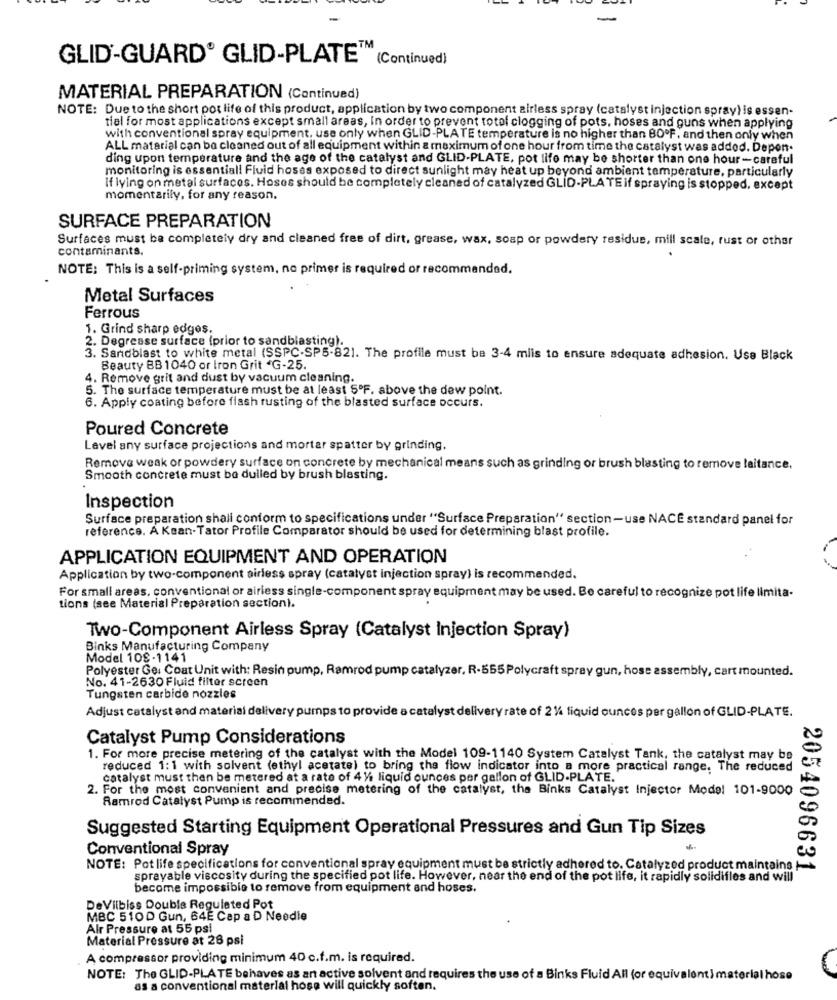
GLID-GUARD® GLID-PLATE"(Continued)
MATERIAL PREPARATION (Continued)
NOTE: Due to the short pot life of this product, application by two component airless spray (catalyst injection spray) is essen-
tiel for most applications except small areas, In order to prevent total clogging of pots, hoses and guns when applying
with conventional spray equipment, use only when GLID-PLATE temperature is no higher than 80ºF, and then only when
ALL matarial can be cleaned out of all equipment within a maximum of one hour from time the catalyst was added. Depen.
ding upon temperature and the age of the catalyst and GLID-PLATE, pot life may be shorter than one hour-careful
monitoring is essentiall Fluid hoses exposed to direct sunlight may heat up beyond ambient temperature, particularly
if Iving on metal surfaces. Hoses should be completely cleaned of catalyzed GLID-PLA TE if spraying is stopped, except
momentarily, for any reason.
SURFACE PREPARATION
Surfaces must be completely dry and cleaned free of dirt, grease, wax, soap or powdery residue, mill scale, rust or other
contaminants.
NOTE: This is a self-priming system, no primer is required or recommended.
Metal Surfaces
Ferrous
1. Grind sharp edges.
2. Degrease surface (prior to sandblasting).
3. Sandblast to white metal (SSPC-SP5-821. The profile must be 3-4 mlis to ensure adequate adhesion. Use Black
Beauty BB 1040 or Iron Grit "G-25
4. Remove grit and dust by vacuum cleaning.
5. The surface temperature must be at least 5ºF. above the dew point.
6. Apply coating before flash rusting of the blasted surface occurs.
Poured Concrete
Lavel any surface projections and mortar spatter by grinding.
Remove weak or powdery surface on concrete by mechanical means such as grinding or brush blasting to remove laitance.
Smooth concrete must be dulled by brush blasting.
Inspection
Surface preparation shall conform to specifications under "Surface Preparation" section-use NACE standard panel for
reference. A Kean-Tator Profile Comparator should be used for determining blast profile.
APPLICATION EQUIPMENT AND OPERATION
Application by two-component airless spray (catalyst injection spray) is recommended.
For small areas, conventional or airless single-component spray equipment may be used. Be careful to recognize pot life limita-
tions (see Material Preparation section).
Two-Component Airless Spray (Catalyst Injection Spray)
Binks Manufacturing Company
Model 108-1141
Polyester Ge. Coat Unit with: Resin pump, Ramrod pump catalyzer, R-555 Polycraft spray gun, hose assembly, cart mounted.
No. 41-2630 Fluid filter screen
Tungsten carbide nozzles
Adjust catalyst and material delivery pumps to provide a catalyst delivery rate of 2 1% fiquid ounces per gallon of GLID-PLATE.
Catalyst Pump Considerations
1. For more precise metering of the catalyst with the Model 109-1140 System Catalyst Tank, the catalyst may be
reduced 1:1 with solvent (ethyl acetate) to bring the flow indicator into a more practical range. The reduced
catalyst must then be metered at a rate of 4 14 liquid ounces per gallon of GLID-PLATE.
2. For the most convenient and precise metering of the catalyst, the Binks Catalyst Injector Model 101-9000
Ramrod Catalyst Pump is recommended.
Suggested Starting Equipment Operational Pressures and Gun Tip Sizes
Conventional Spray
NOTE: Pot life specifications for conventional spray equipment must be strictly adhered to. Catalyzed product maintains !-
2054096631
sprayable viscosity during the specified pot life. However, near the end of the pot life, it rapidly solidifles and will
become impossible to remove from equipment and hoses.
DeVilbiss Double Regulated Pot
MBC 510D Gun, 64E Cap a D Needle
Air Pressure at 55 psi
Material Pressure at 26 psi
A compressor providing minimum 40 c.f.m. is required.
NOTE: The GLID-PLATE behaves as an active solvent and requires the use of a Binks Fluid All (or equivalent) material hose
as a conventional material hose will quickly soften.